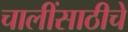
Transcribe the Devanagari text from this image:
चालींसाठीचे